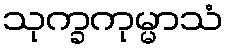
သုက္ခကုမ္မာသံ